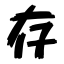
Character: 存